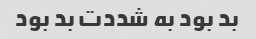
بد بود به شددت بد بود